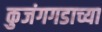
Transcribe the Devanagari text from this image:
कुजंगगडाच्या